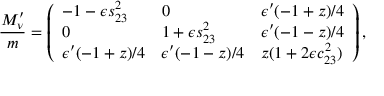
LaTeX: \frac { M _ { \nu } ^ { \prime } } { m } = \left( \begin{array} { l l l } { { - 1 - \epsilon s _ { 2 3 } ^ { 2 } } } & { { 0 } } & { { \epsilon ^ { \prime } ( - 1 + z ) / 4 } } \\ { { 0 } } & { { 1 + \epsilon s _ { 2 3 } ^ { 2 } } } & { { \epsilon ^ { \prime } ( - 1 - z ) / 4 } } \\ { { \epsilon ^ { \prime } ( - 1 + z ) / 4 } } & { { \epsilon ^ { \prime } ( - 1 - z ) / 4 } } & { { z ( 1 + 2 \epsilon c _ { 2 3 } ^ { 2 } ) } } \end{array} \right) ,